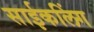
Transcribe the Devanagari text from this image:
साईकलिंग